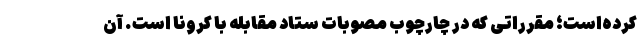
کرده‌است؛ مقرراتی که در چارچوب مصوبات ستاد مقابله با کرونا است. آن